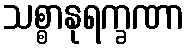
သစ္စာနုရက္ခဏာ